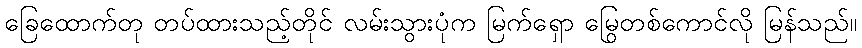
ခြေထောက်တု တပ်ထားသည့်တိုင် လမ်းသွားပုံက မြက်ရှော မြွေတစ်ကောင်လို မြန်သည်။